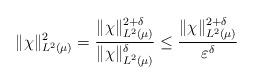
LaTeX: \begin{align*} \|\chi\|_{L^2(\mu)} ^2 = \frac{\|\chi\|_{L^2(\mu)}^{2 + \delta}}{\|\chi\|_{L^2(\mu)}^{ \delta}} \leq \frac{\|\chi\|_{L^2(\mu)}^{2 + \delta}}{\varepsilon^\delta}\end{align*}